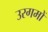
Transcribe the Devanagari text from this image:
उरगमों